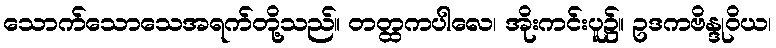
သောက်သောသေအရက်တို့သည်။ တတ္ထကပါလေ၊ အိုးကင်းပူ၌။ ဥဒကဗိန္ဒုဝိယ၊